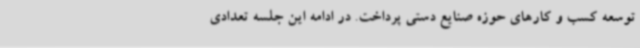
توسعه کسب و کارهای حوزه صنایع دستی پرداخت. در ادامه این جلسه تعدادی